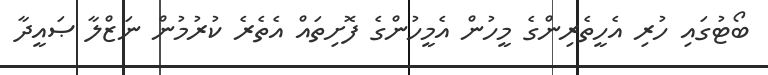
ބޯޓުގައި ހުރި އެހީތެރިންގެ މީހުން އެމީހުންގެ ފޮށިތައް އެތެރެ ކުރުމުން ނަޒްލާ ޞައީދާ